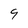
Character: 9